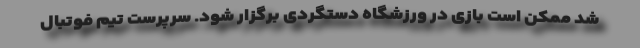
شد ممکن است بازی در ورزشگاه دستگردی برگزار شود. سرپرست تیم فوتبال